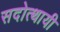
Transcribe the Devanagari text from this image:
सदोत्थायी